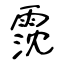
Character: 霃